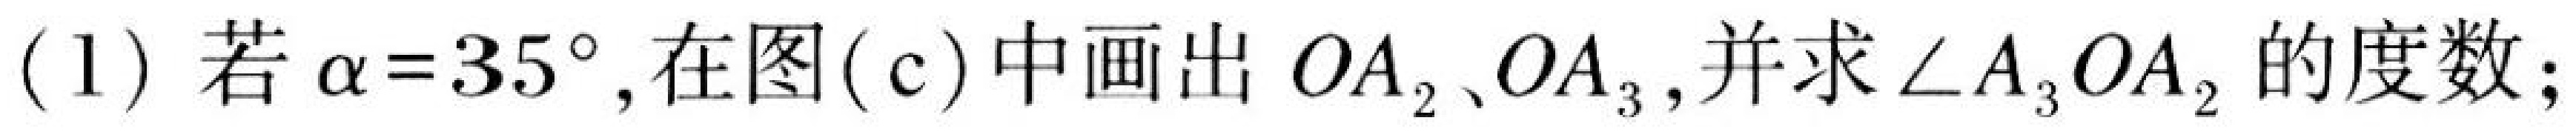
(1) 若$\alpha = 35^{\circ}$, 在图( c) 中画出$OA_{2}$、$OA_{3}$, 并求$\angle A_{3}OA_{2}$的度数;